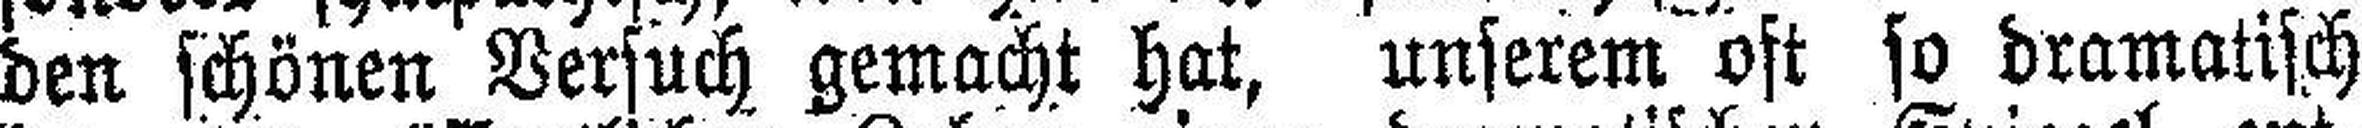
den schönen Versuch gemacht hat, unserem oft so dramatisch